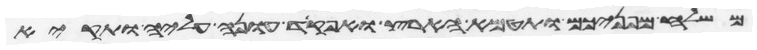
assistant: משלח מפניכם ותטמא הארץ ואפקד עונה עליה ותקיא